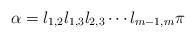
LaTeX: \begin{align*}\alpha = l_{1,2} l_{1,3} l_{2,3} \cdots l_{m-1, m} \pi\end{align*}